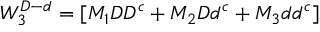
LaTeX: W _ { 3 } ^ { D - d } = [ M _ { 1 } D D ^ { c } + M _ { 2 } D d ^ { c } + M _ { 3 } d d ^ { c } ]